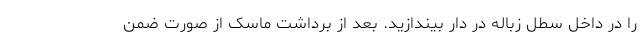
را در داخل سطل زباله در دار بیندازید. بعد از برداشت ماسک از صورت ضمن